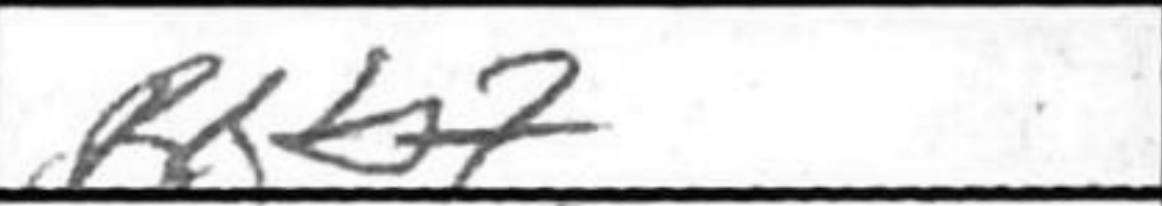
Transcription: Rxb7